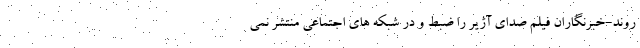
روند-خبرنگاران فیلم صدای آژیر را ضبط و در شبکه های اجتماعی منتشر نمی